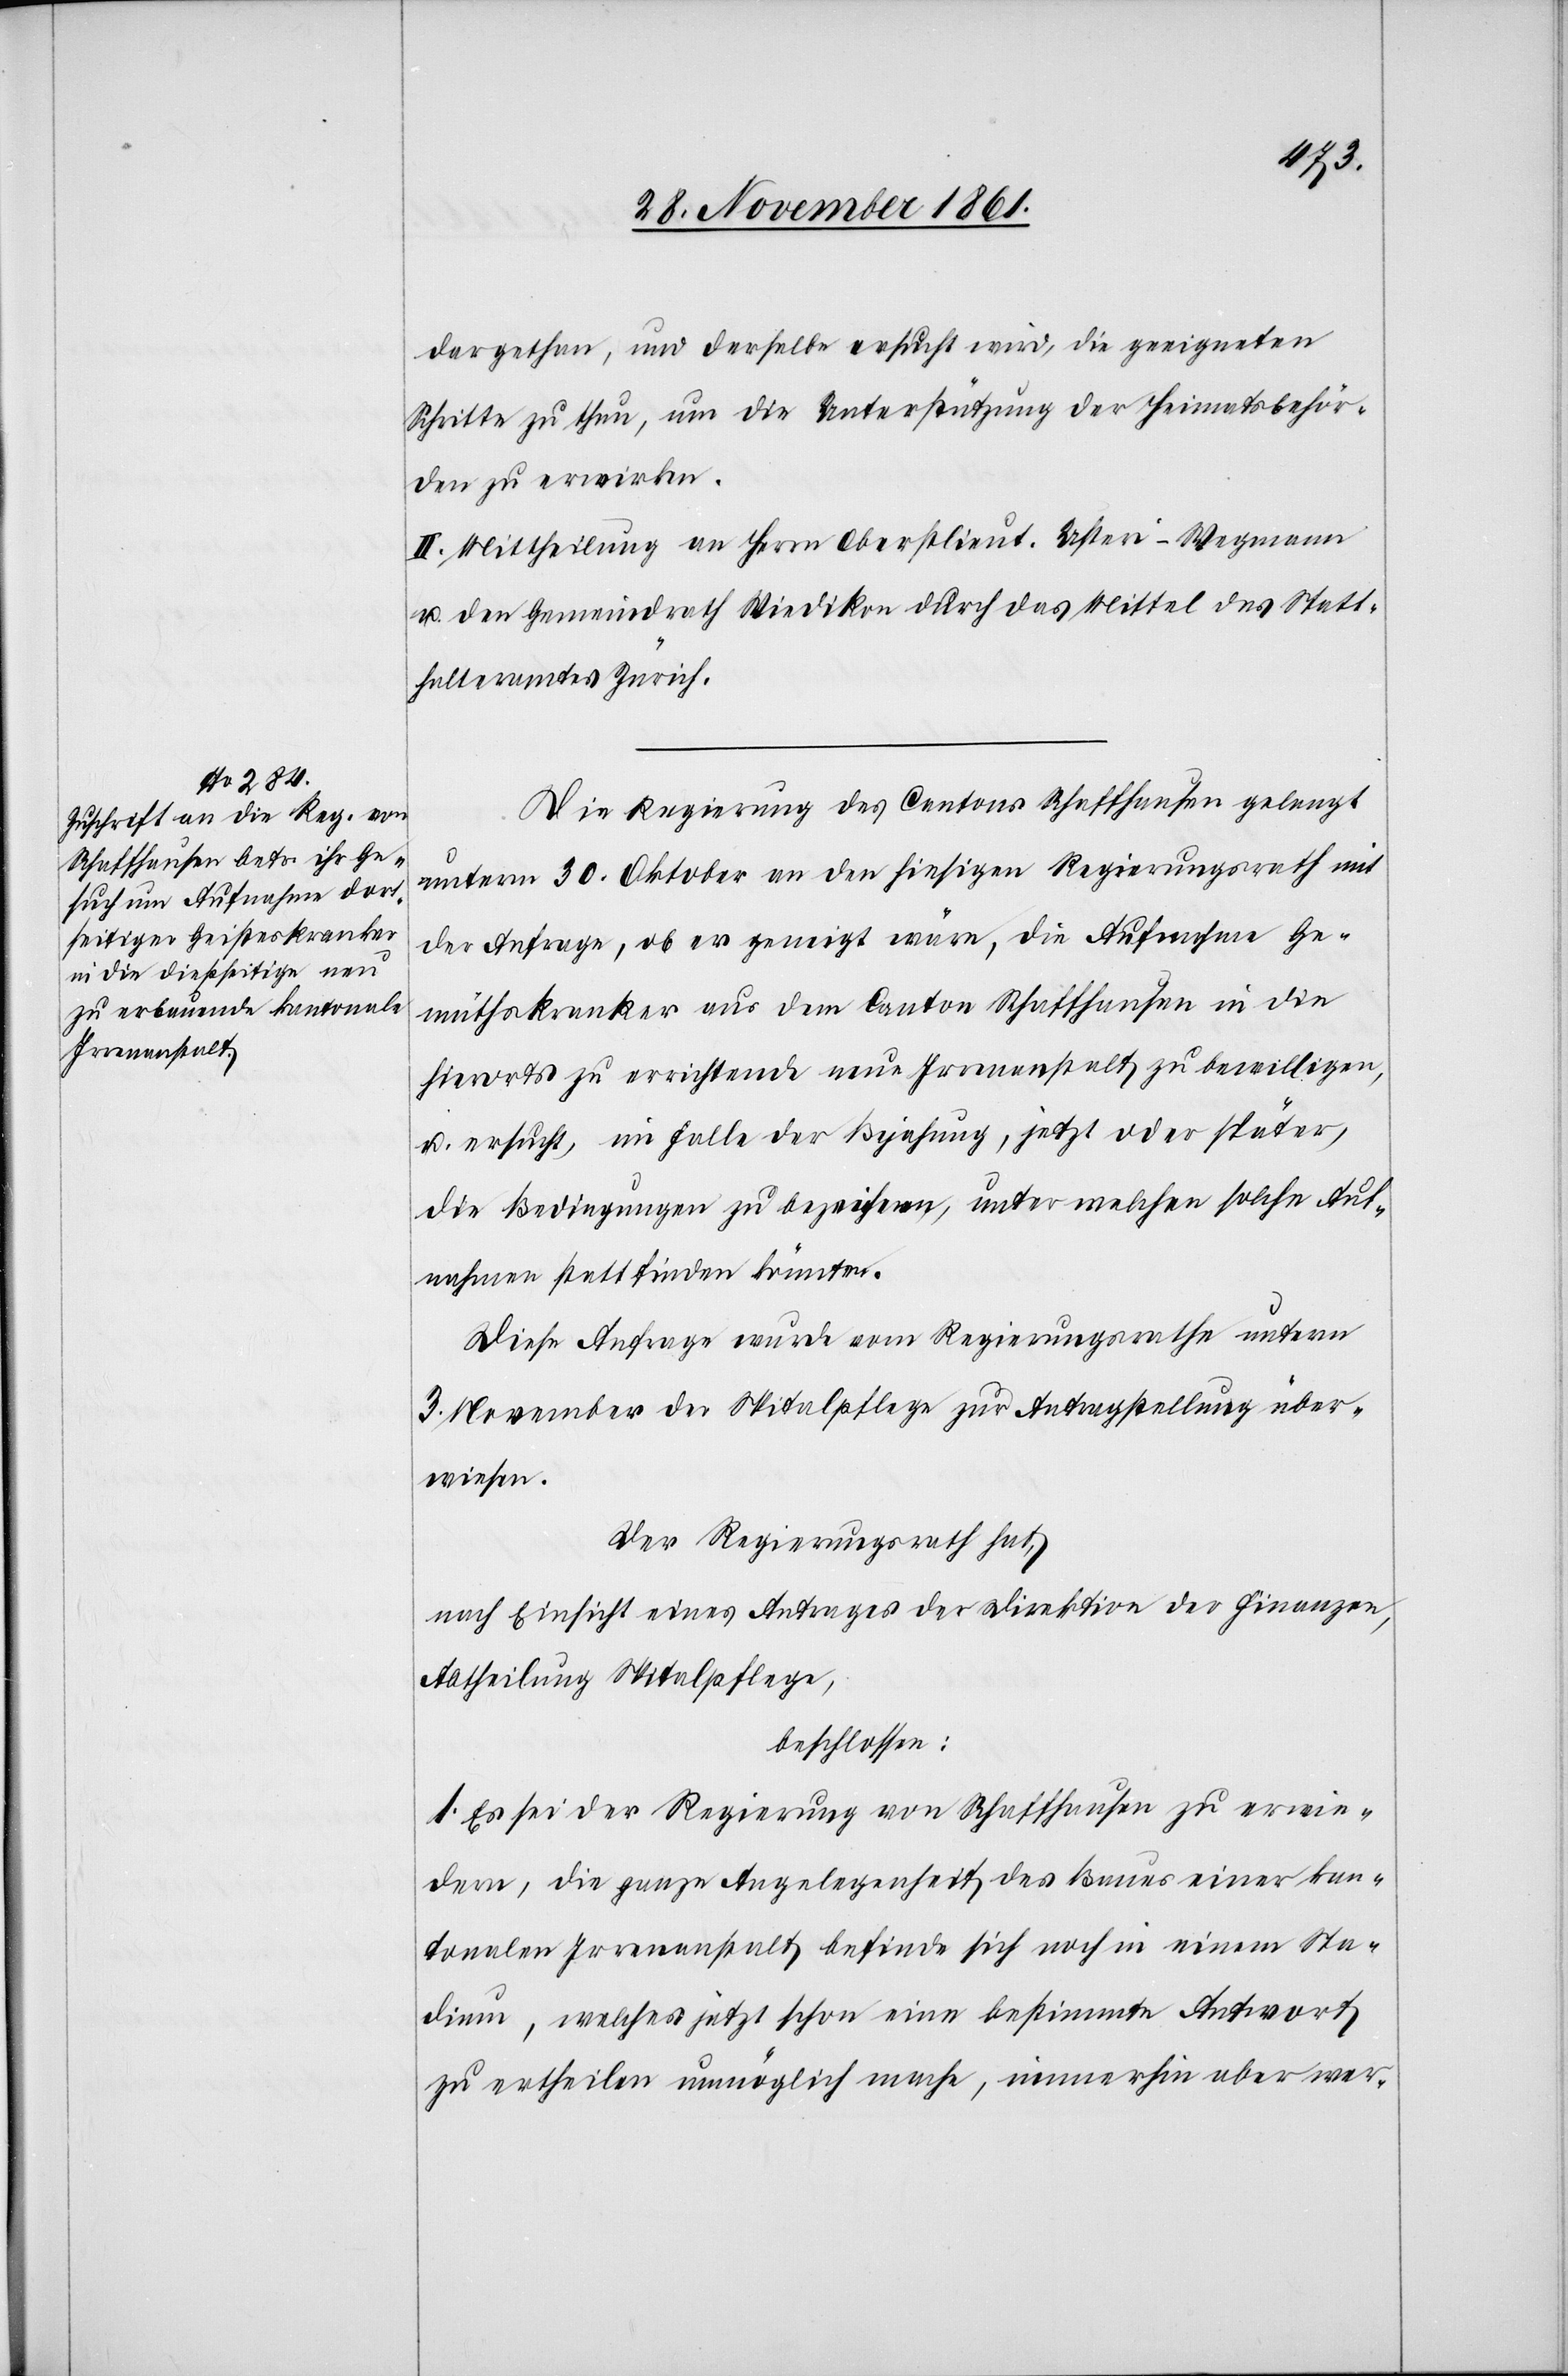
dargethan, und derselbe ersucht wird, die geeigneten
Schritte zu thun, um die Unterstützung der Heimatsbehör¬
den zu erwirken.
II. Mittheilung an Herrn Oberstlieut. Usteri-Wegmann
u. den Gemeindrath Wiedikon durch das Mittel des Statt¬
halteramtes Zürich.
Die Regierung des Cantons Schaffhausen gelangt
unterm 30 Oktober an den hiesigen Regierungsrath mit
der Anfrage, ob er geneigt wäre, die Aufnahme Ge¬
müthskranker aus dem Canton Schaffhausen in die
hierorts zu errichtende neue Irrenanstalt zu bewilligen,
u. ersucht, im Falle der Bejahung, jetzt oder später,
die Bedingungen zu bezeichnen, unter welchen solche Auf¬
nahmen statt finden könnten.
Diese Anfrage wurde vom Regierungsrathe unterm
3 November der Spitalpflege zur Antragstellung über¬
wiesen.
Der Regierungsrath hat,
nach Einsicht eines Antrages der Direktion der Finanzen,
Abtheilung Spitalpflege,
beschlossen:
1. Es sei der Regierung von Schaffhausen zu erwie¬
dern, die ganze Angelegenheit des Baues einer kan¬
tonalen Irrenanstalt befinde sich noch in einem Sta¬
dium, welches jetzt schon eine bestimmte Antwort
zu ertheilen unmöglich mache, immerhin aber wer-